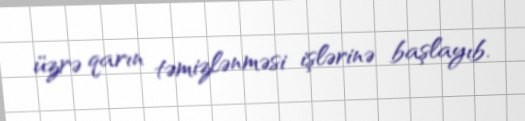
üzrə qarın təmizlənməsi işlərinə başlayıb.